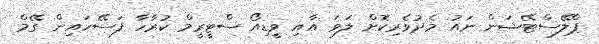
ޕްލޭސްޓޭޝަން ނައު މެދުވެރިކޮށް ލަވަ އާއި ވީޑިއޯ ސްޓީރީމް ކުރާހާ ފަސޭހައިން ގޭމް